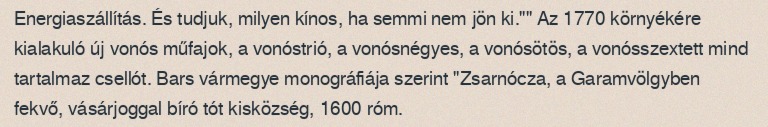
Energiaszállítás. És tudjuk, milyen kínos, ha semmi nem jön ki."" Az 1770 környékére kialakuló új vonós műfajok, a vonóstrió, a vonósnégyes, a vonósötös, a vonósszextett mind tartalmaz csellót. Bars vármegye monográfiája szerint "Zsarnócza, a Garamvölgyben fekvő, vásárjoggal bíró tót kisközség, 1600 róm.